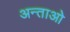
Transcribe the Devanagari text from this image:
अन्ताओ